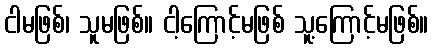
ငါမဖြစ်၊ သူမဖြစ်။ ငါ့ကြောင့်မဖြစ် သူ့ကြောင့်မဖြစ်။